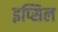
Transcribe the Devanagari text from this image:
इप्सिल